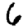
Digit: 6